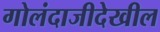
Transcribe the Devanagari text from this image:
गोलंदाजीदेखील